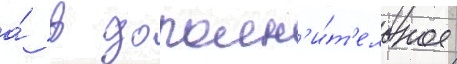
а́ в дополн'и́т'ельное